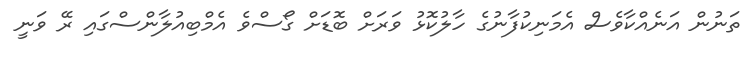
ތަނުން އަނެއްކާވެސް އެމަނިކުފާނުގެ ހާލުކޮޅު ވަރަށް ބޮޑަށް ގޯސްވެ އެމްބިއުލާންސްގައި ރޭ ވަނީ